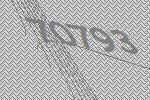
70793